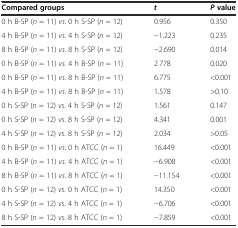
<table><thead><tr><td><b>Compared groups</b></td><td><b><i>t</i></b></td><td><b><i>P</i>value</b></td></tr></thead><tbody><tr><td>0 h B-SP (<i>n</i> = 11) <i>vs</i>. 0 h S-SP (<i>n</i> = 12)</td><td>0.956</td><td>0.350</td></tr><tr><td>4 h B-SP (<i>n</i> = 11) <i>vs</i>. 4 h S-SP (<i>n</i> = 12)</td><td>−1.223</td><td>0.235</td></tr><tr><td>8 h B-SP (<i>n</i> = 11) <i>vs</i>. 8 h S-SP (<i>n</i> = 12)</td><td>−2.690</td><td>0.014</td></tr><tr><td>0 h B-SP (<i>n</i> = 11) <i>vs</i>. 4 h B-SP (<i>n</i> = 11)</td><td>2.778</td><td>0.020</td></tr><tr><td>0 h B-SP (<i>n</i> = 11) <i>vs</i>. 8 h B-SP (<i>n</i> = 11)</td><td>6.775</td><td>&lt;0.001</td></tr><tr><td>4 h B-SP (<i>n</i> = 11) <i>vs</i>. 8 h B-SP (<i>n</i> = 11)</td><td>1.578</td><td>&gt;0.10</td></tr><tr><td>0 h S-SP (<i>n</i> = 12) <i>vs</i>. 4 h S-SP (<i>n</i> = 12)</td><td>1.561</td><td>0.147</td></tr><tr><td>0 h S-SP (<i>n</i> = 12) <i>vs</i>. 8 h S-SP (<i>n</i> = 12)</td><td>4.341</td><td>0.001</td></tr><tr><td>4 h S-SP (<i>n</i> = 12) <i>vs</i>. 8 h S-SP (<i>n</i> = 12)</td><td>2.034</td><td>&gt;0.05</td></tr><tr><td>0 h B-SP (<i>n</i> = 11) <i>vs</i>. 0 h ATCC (<i>n</i> = 1)</td><td>16.449</td><td>&lt;0.001</td></tr><tr><td>4 h B-SP (<i>n</i> = 11) <i>vs</i>. 4 h ATCC (<i>n</i> = 1)</td><td>−6.908</td><td>&lt;0.001</td></tr><tr><td>8 h B-SP (<i>n</i> = 11) <i>vs</i>. 8 h ATCC (<i>n</i> = 1)</td><td>−11.154</td><td>&lt;0.001</td></tr><tr><td>0 h S-SP (<i>n</i> = 12) <i>vs</i>. 0 h ATCC (<i>n</i> = 1)</td><td>14.350</td><td>&lt;0.001</td></tr><tr><td>4 h S-SP (<i>n</i> = 12) <i>vs</i>. 4 h ATCC (<i>n</i> = 1)</td><td>−6.706</td><td>&lt;0.001</td></tr><tr><td>8 h S-SP (<i>n</i> = 12) <i>vs</i>. 8 h ATCC (<i>n</i> = 1)</td><td>−7.859</td><td>&lt;0.001</td></tr></tbody></table>